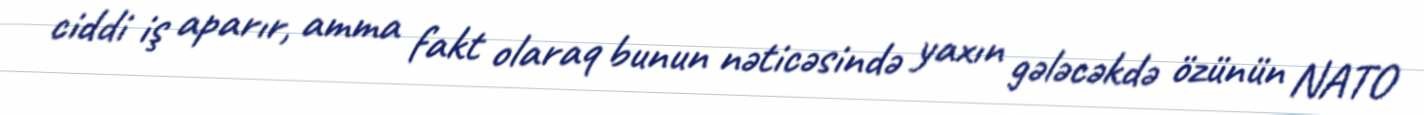
ciddi iş aparır, amma fakt olaraq bunun nəticəsində yaxın gələcəkdə özünün NATO